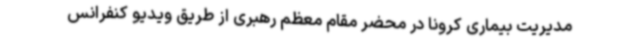
مدیریت بیماری کرونا در محضر مقام معظم رهبری از طریق ویدیو کنفرانس